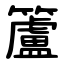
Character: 籚